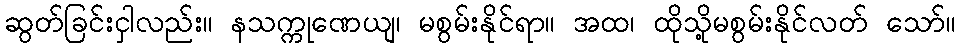
ဆွတ်ခြင်းငှါလည်း။ နသက္ကုဏေယျ၊ မစွမ်းနိုင်ရာ။ အထ၊ ထိုသို့မစွမ်းနိုင်လတ် သော်။